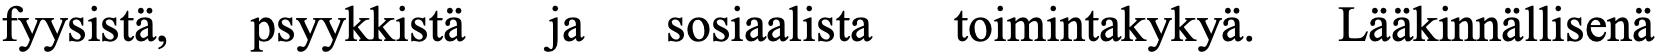
fyysistä, psyykkistä ja sosiaalista toimintakykyä. Lääkinnällisenä